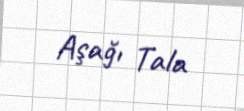
Aşağı Tala